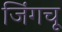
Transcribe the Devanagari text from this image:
जिंगचू